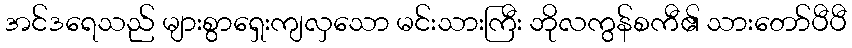
အင်ဒရေသည် များစွာရှေးကျလှသော မင်းသားကြီး ဘိုလကွန်စကီ၏ သားတော်ပီပီ